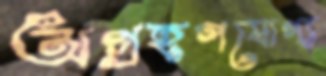
অগ্রহণযোগ্য